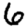
Digit: 6